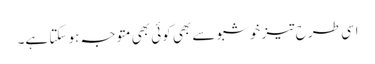
اسی طرح تیز خوشبو سے بھی کوئی بھی متوجہ ہو سکتا ہے۔